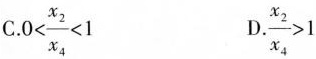
C. $$.0< \frac{x_{2}}{x_{4}}<1$$ $$\frac{x_{2}}{x_{4}}>1$$